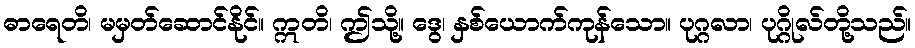
ဓာရေတိ၊ မမှတ်ဆောင်နိုင်။ ဣတိ၊ ဤသို့။ ဒွေ၊ နှစ်ယောက်ကုန်သော။ ပုဂ္ဂလာ၊ ပုဂ္ဂိုလ်တို့သည်။